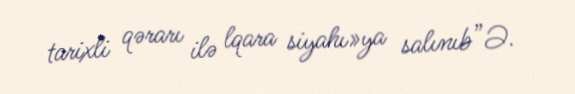
tarixli qərarı ilə lqara siyahı»ya salınıb”Ə.